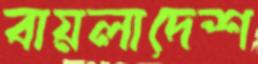
বায়লাদেশ